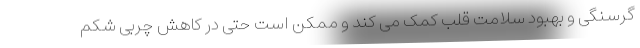
گرسنگی و بهبود سلامت قلب کمک می کند و ممکن است حتی در کاهش چربی شکم